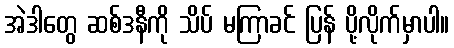
အဲဒါတွေ ဆစ်ဒနီကို သိပ် မကြာခင် ပြန် ပို့လိုက်မှာပါ။